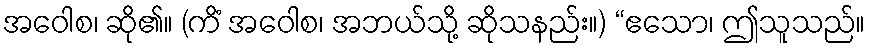
အဝေါစ၊ ဆို၏။ (ကိံ အဝေါစ၊ အဘယ်သို့ ဆိုသနည်း။) “ဧသော၊ ဤသူသည်။